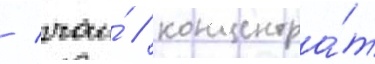
/ чаи́ / концентра́т